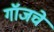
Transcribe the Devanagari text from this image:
गॉजचे